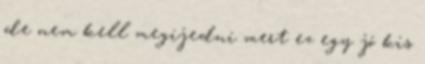
de nem kell megijedni mert ez egy jó kis